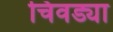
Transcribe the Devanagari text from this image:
चिवड्या